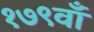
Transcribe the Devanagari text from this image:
१७९वाँ